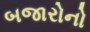
બજારોનો